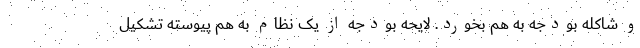
و شاکله بودجه به هم بخورد. لایحه بودجه از یک نظام به هم پیوسته تشکیل